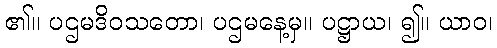
၏။ ပဌမဒိဝသတော၊ ပဌမနေ့မှ။ ပဋ္ဌာယ၊ ၍။ ယာဝ၊